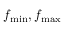
f _ { \operatorname* { m i n } } , f _ { \operatorname* { m a x } }